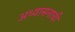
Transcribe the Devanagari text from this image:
अध्यासनाची